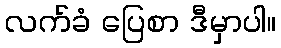
လက်ခံ ပြေစာ ဒီမှာပါ။